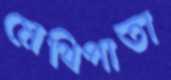
মেথিপাতা